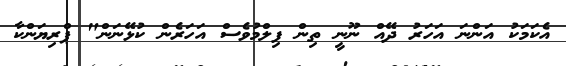
އެކަމަކު އަންނަ އަހަރު ދޭއް ނޫނީ ތިން ފިލްމުވެސް އަހަރެން ކުޅޭނަން" ޕްރިޔަންކާ